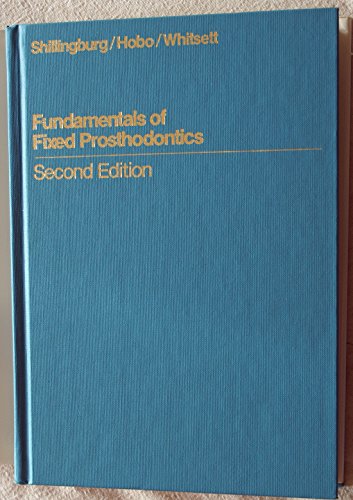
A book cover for Fundamentals of Fixed Prosthodontics (Quintessence books); Herbert T. Shillingburg; Medical Books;